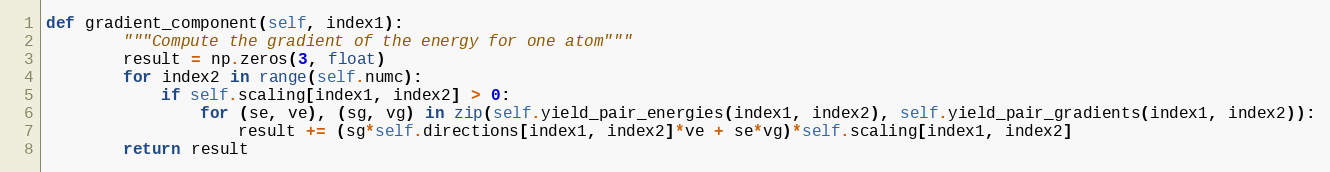
Language: Python
def gradient_component(self, index1):
        """Compute the gradient of the energy for one atom"""
        result = np.zeros(3, float)
        for index2 in range(self.numc):
            if self.scaling[index1, index2] > 0:
                for (se, ve), (sg, vg) in zip(self.yield_pair_energies(index1, index2), self.yield_pair_gradients(index1, index2)):
                    result += (sg*self.directions[index1, index2]*ve + se*vg)*self.scaling[index1, index2]
        return result